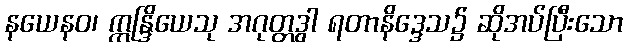
နယေနဝ၊ ဣန္ဒြိယေသု အဂုတ္တဒွါ ရတာနိဒ္ဒေသ၌ ဆိုအပ်ပြီးသော